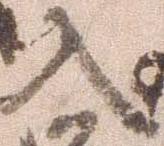
入